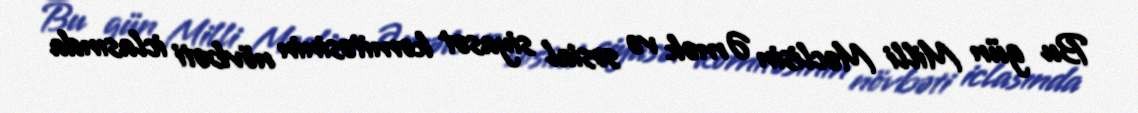
Bu gün Milli Məclisin Əmək və sosial siyasət komitəsinin növbəti iclasında